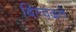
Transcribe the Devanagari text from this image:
बिल्वदले